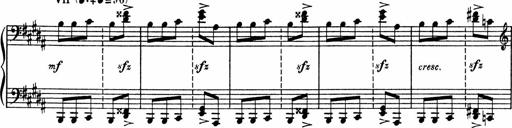
Title: Sonatine pour piano
Composer: Albert Roussel